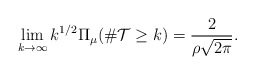
\begin{align*} \lim_{k\to\infty} k^{1/2}\Pi_\mu(\#\mathcal{T}\geq k)= \frac{2}{\rho\sqrt{2\pi}}.\end{align*}